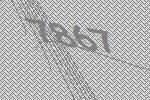
7867